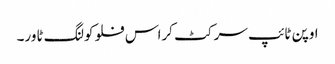
اوپن ٹائپ سرکٹ کراس فلو کولنگ ٹاور۔